Medical and sanitary report of the native army of Bengal for the year
Year: 1874
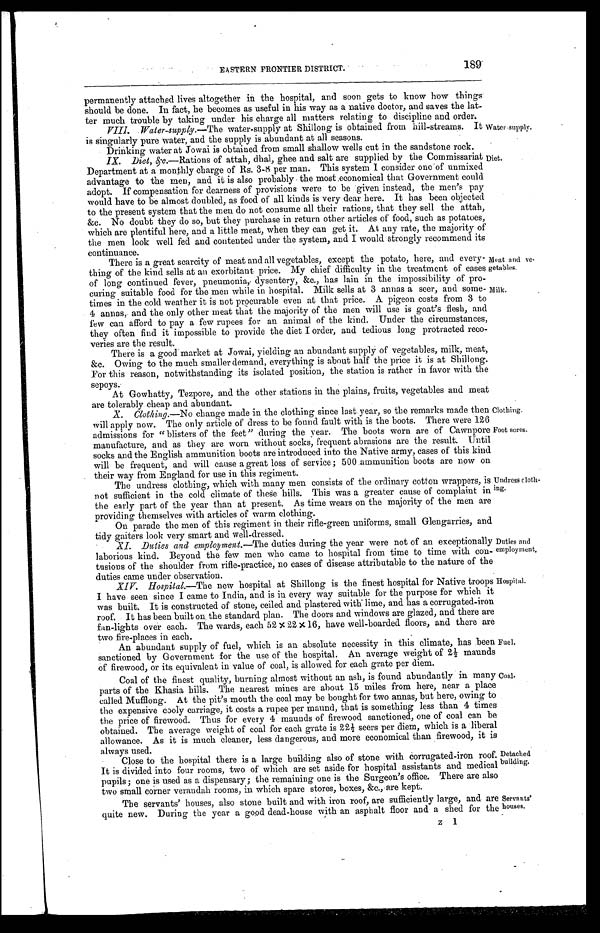
Duties and
employment.
Hospital.
189
EASTERN FRONTIER DISTRICT.
permanently attached lives altogether in the hospital, and soon gets to know how things
should be done. In fact, he becomes as useful in his way as a native doctor, and saves the lat-
ter much trouble by taking under his charge all matters relating to discipline and order.
VIII. Water-supply.— The water-supply at Shillong is obtained from hill-streams. It
is singularly pure water, and the supply is abundant at all seasons.
Drinking water at Jowai is obtained from small shallow wells cut in the sandstone rock.
Water -supply.
IX. Diet, &c. — R a t i o n s o f a t t a h , d h a l , g h e e a n d s a l t a r e s u p p l i e d b y t h e C o m m i s s a r i a t
Department at a monthly charge of Rs. 3-8 per man. This system I consider one of unmixed
advantage to the men, and it is also probably the most economical that Government could
adopt. If compensation for dearness of provisions were to be given instead, the men's pay
would have to be almost doubled, as food of all kinds is very dear here. It has been objected
to the present system that the men do not consume all their rations, that they sell the attah,
&c. No doubt they do so, but they purchase in return other articles of food, such as potatoes,
which are plentiful here, and a little meat, when they can get it. At any rate, the majority of
the men look well fed and contented under the system, and I would strongly recommend its
c o n t i n u a n c e .
There is a great scarcity of meat and all vegetables, except the potato, here, and every-
thing of the kind sells at an exorbitant price. My chief difficulty in the treatment of cases
of long continued fever, pneumonia, dysentery, &c., has lain in the impossibility of pro-
curing suitable food for the men while in hospital. Milk sells at 3 annas a seer, and some-
times in the cold weather it is not procurable even at that price. A pigeon costs from 3 to
4 annas, and the only other meat that the majority of the men will use is goat's flesh, and
few can afford to pay a few rupees for an animal of the kind. Under the circumstances,
they often find it impossible to provide the diet I order, and tedious long protracted reco-
veries are the result.
There is a good market at Jowai, yielding an abundant supply of vegetables, milk, meat,
&c. Owing to the much smaller demand, everything is about half the price it is at Shillong.
For this reason, notwithstanding its isolated position, the station is rather in favor with the
sepoys.
At Gowhatty, Tezpore, and the other stations in the plains, fruits, vegetables and meat
are tolerably cheap and abundant.
Diet.
Meat and ve-
getables.
Milk.
X. Clothing.—No change made in the clothing since last year, so the remarks made then
will apply now. The only article of dress to be found fault with is the boots. There were 126
admissions for "blisters of the feet" during the year. The boots worn are of Cawnpore
manufacture, and as they are worn without socks, frequent abrasions are the result. Until
socks and the English ammunition boots are introduced into the Native army, cases of this kind
will be frequent, and will cause a great loss of service ; 500 ammunition boots are now on
their way from England for use in this regiment.
The undress clothing, which with many men consists of the ordinary cotton wrappers, is
not sufficient in the cold climate of these hills. This was a greater cause of complaint in
the early part of the year than at present. As time wears on the majority of the men are
providing themselves with articles of warm clothing.
On parade the men of this regiment in their rifle-green uniforms, small Glengarries, and
tidy gaiters look very smart and well-dressed.
Clothing.
Foot sores.
Undress cloth-
ing.
XI. Duties and employment.—The duties during the year were not of an exceptionally
laborious kind. Beyond the few men who came to hospital from time to time with con-
tusions of the shoulder from rifle-practice, no cases of disease attributable to the nature of the
duties came under observation.
XIV. Hospital.—The new hospital at Shillong is the finest hospital for Native troops
I have seen since I came to India, and is in every way suitable for the purpose for which it
was built. It is constructed of stone, ceiled and plastered with lime, and has a corrugated-iron
roof. It has been built on the standard plan. The doors and windows are glazed, and there are
fan-lights over each. The wards, each 52 x 22 x16, have well-boarded floors, and there are
two fire-places in each.
An abundant supply of fuel, which is an absolute necessity in this climate, has been
sanctioned by Government for the use of the hospital. An average weight of 2 1/2 maunds
of firewood, or its equivalent in value of coal, is allowed for each grate per diem.
Coal of the finest quality, burning almost without an ash, is found abundantly in many
parts of the Khasia hills. The nearest mines are about 15 miles from here, near a place
c a l l e d Mu f f l o n g . At t h e p i t ' s mo u t h t h e c o a l ma y b e b o u g h t f o r t wo a n n a s , b u t h e r e , o wi n g t o
the expensive cooly carriage, it costs a rupee per maund, that is something less than 4 times
the price of firewood. Thus for every 4 maunds of firewood sanctioned, one of coal can be
obtained. The average weight of coal for each grate is 22 1/2 seers per diem, which is a liberal
allowance. As it is much cleaner, less dangerous, and more economical than firewood, it is
always used.
Fuel.
Coal.
Close to the hospital there is a large building also of stone with corrugated-iron roof.
It is divided into four rooms, two of which are set aside for hospital assistants and medical
pupils ; one is used as a dispensary ; the remaining one is the Surgeon's office. There are also
two small corner verandah rooms, in which spare stores, boxes, &c., are kept.
The servants' houses, also stone built and with iron roof, are sufficiently large, and are
quite new. During the year a good dead-house with an asphalt floor and a shed for the
Detached
building.
Servants'
houses.
z 1